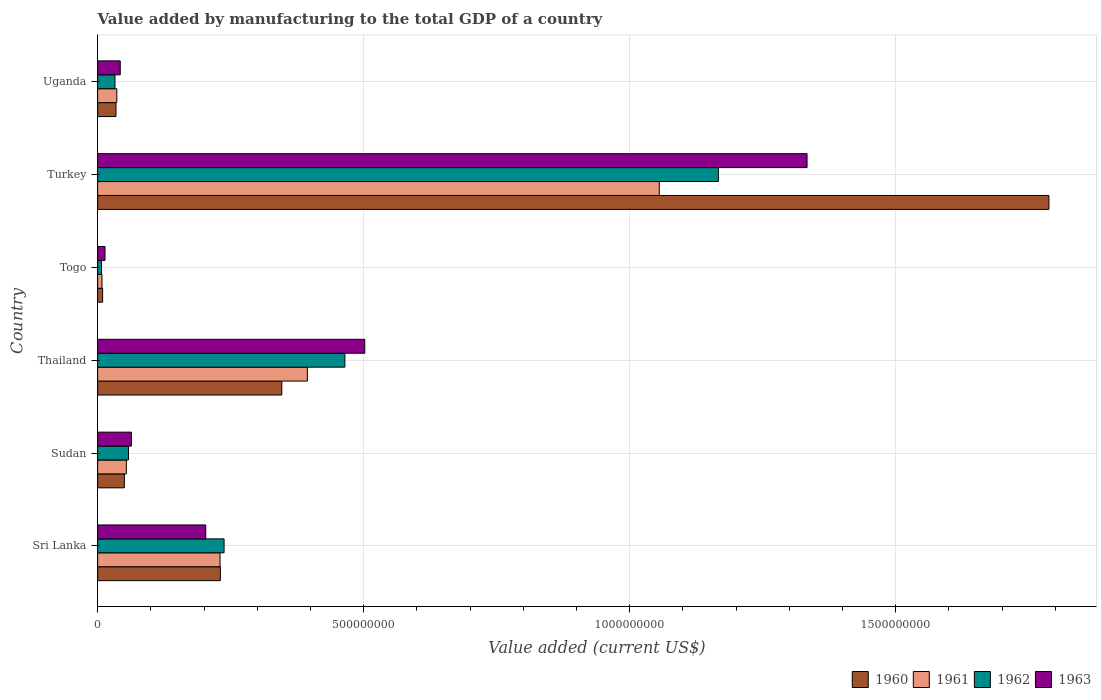
| Country | 1960 | 1961 | 1962 | 1963 |
 | --- | --- | --- | --- | --- |
 | Sri Lanka | 2.31e+08 | 2.3e+08 | 2.38e+08 | 2.03e+08 |
 | Sudan | 5.03e+07 | 5.4e+07 | 5.8e+07 | 6.35e+07 |
 | Thailand | 3.46e+08 | 3.94e+08 | 4.65e+08 | 5.02e+08 |
 | Togo | 9.38e+06 | 8.15e+06 | 7.35e+06 | 1.39e+07 |
 | Turkey | 1.79e+09 | 1.06e+09 | 1.17e+09 | 1.33e+09 |
 | Uganda | 3.45e+07 | 3.6e+07 | 3.26e+07 | 4.25e+07 |